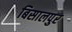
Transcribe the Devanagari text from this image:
बिसालपुर